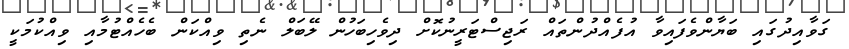
ގަވާއިދުގައި ބަޔާންވެފައިވާ އުފެއްދުންތައް ރަޖިސްޓަރީނުކޮށް ދިވެހިބަހުން ލޭބަލް ނެތި ވިއްކަން ބެހެއްޓުމާއި ވިއްކުމަކީ